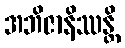
အဘိဇာနိဿန္တိ